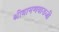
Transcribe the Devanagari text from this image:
श्रीबामणवाडजी